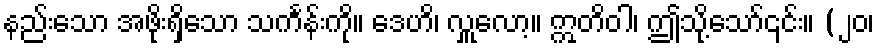
နည်းသော အဖိုးရှိသော သင်္ကန်းကို။ ဒေဟိ၊ လှူလော့။ ဣတိဝါ၊ ဤသို့သော်၎င်း။ (၂၀၊